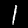
Digit: 1